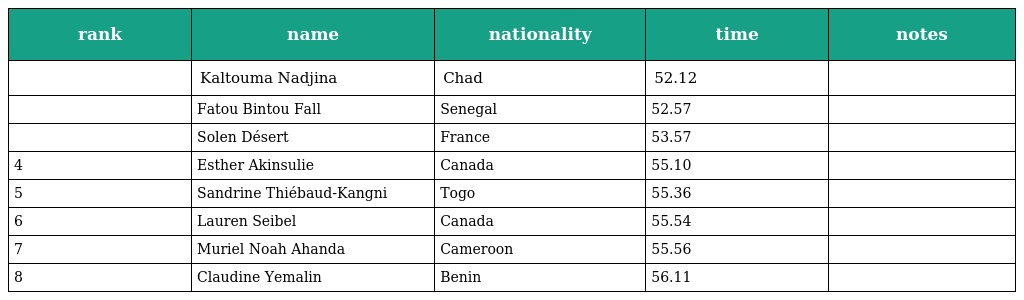
| rank | name | nationality | time | notes |
 | --- | --- | --- | --- | --- |
 |  | Kaltouma Nadjina | Chad | 52.12 |  |
 |  | Fatou Bintou Fall | Senegal | 52.57 |  |
 |  | Solen Désert | France | 53.57 |  |
 | 4 | Esther Akinsulie | Canada | 55.10 |  |
 | 5 | Sandrine Thiébaud-Kangni | Togo | 55.36 |  |
 | 6 | Lauren Seibel | Canada | 55.54 |  |
 | 7 | Muriel Noah Ahanda | Cameroon | 55.56 |  |
 | 8 | Claudine Yemalin | Benin | 56.11 |  |